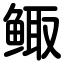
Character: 鲰